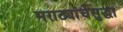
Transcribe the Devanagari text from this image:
मराठ्यांचेसुद्धा